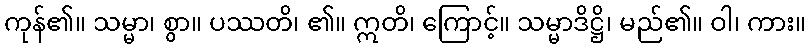
ကုန်၏။ သမ္မာ၊ စွာ။ ပဿတိ၊ ၏။ ဣတိ၊ ကြောင့်။ သမ္မာဒိဋ္ဌိ၊ မည်၏။ ဝါ၊ ကား။